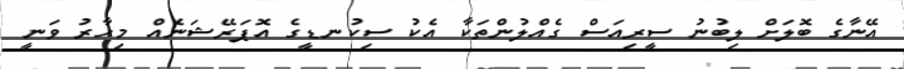
އޭނާގެ ބޮލަށް ލިބުނު ސީރިއަސް ގެއްލުންތަކާ އެކު ސިކުނޑީގެ އޮޕަރޭޝަނެއް މިހާރު ވަނީ